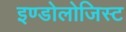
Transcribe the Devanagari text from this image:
इण्डोलोजिस्ट